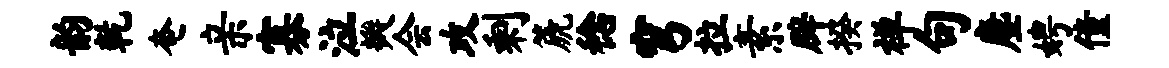
韵乾奄亲寡泣瓣会攻剩篪稔穹拉素辟揆禅句麈娉僮